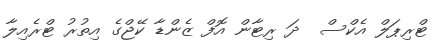
ޓްރިޕަލް އެކްސް  ދަ ރިޓާން އޮފް ޒެންޑާ ކޭޖްގެ އިތުރު ޓްރެއިލާ